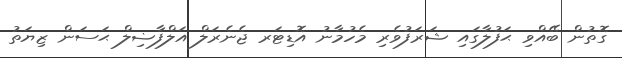
ގޮތުން ބޭއްވި ޙަފުލާގައި ޝަރަފުވެރި މެހުމާނު އޮޑިޓަރ ޖެނެރަލް އަލްފާޟިލް ޙަސަން ޒިޔަތު